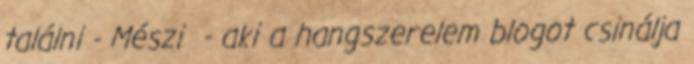
találni - Mészi - aki a hangszerelem blogot csinálja